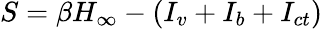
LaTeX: S=\beta H_{\infty}-(I_{v}+I_{b}+I_{ct})